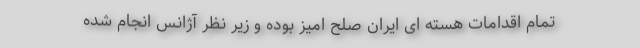
تمام اقدامات هسته ای ایران صلح امیز بوده و زیر نظر آژانس انجام شده